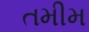
તમીમ